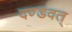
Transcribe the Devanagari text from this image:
दण्डवत्‌